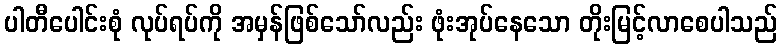
ပါတီပေါင်းစုံ လုပ်ရပ်ကို အမှန်ဖြစ်သော်လည်း ဖုံးအုပ်နေသော တိုးမြင့်လာစေပါသည်